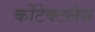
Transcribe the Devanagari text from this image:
कोंटेक्टलेस